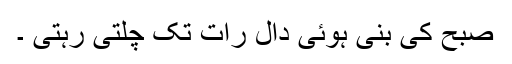
صبح کی بنی ہوئی دال رات تک چلتی رہتی ۔